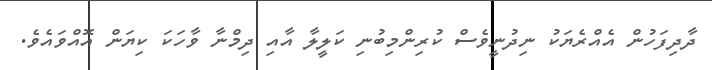
ދާދިފަހުން އެއްރެޔަކު ނިދުނީވެސް ކުރިންމިބުނި ކަލީލާ އާއި ދިމްނާ ވާހަކަ ކިޔަން އޮއްވައެވެ.